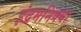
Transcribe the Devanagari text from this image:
इंद्रमनिक्या